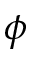
\phi